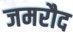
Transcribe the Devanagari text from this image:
जमरौद